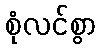
စုံလင်စွာ